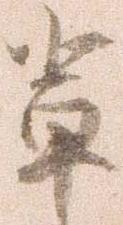
輩